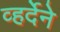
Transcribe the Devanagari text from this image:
व्हर्देने